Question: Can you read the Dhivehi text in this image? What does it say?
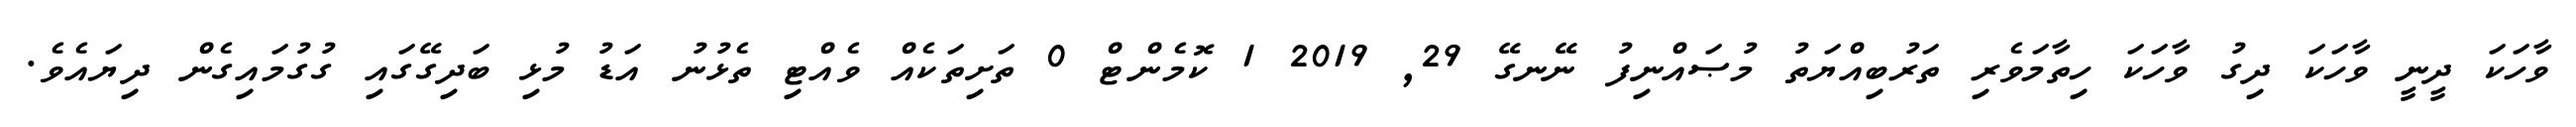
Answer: ވާހަކަ ދީނީ ވާހަކަ ދިގު ވާހަކަ ހިތާމަވެރި ތަރުބިއްޔަތު މުޞައްނިފު ނޭނގޭ 29, 2019 1 ކޮމެންޓް 0 ތަށިތަކެއް ވެއްޓި ތެޅުނު އަޑު މުޅި ބަދިގޭގައި ގުގުމައިގެން ދިޔައެވެ.